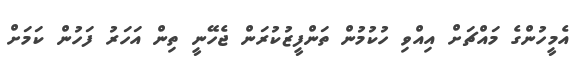
އެމީހުންގެ މައްޗަށް އިއްވި ހުކުމުން ތަންފީޒުކުރަން ޖެހޭނީ ތިން އަހަރު ފަހުން ކަމަށް